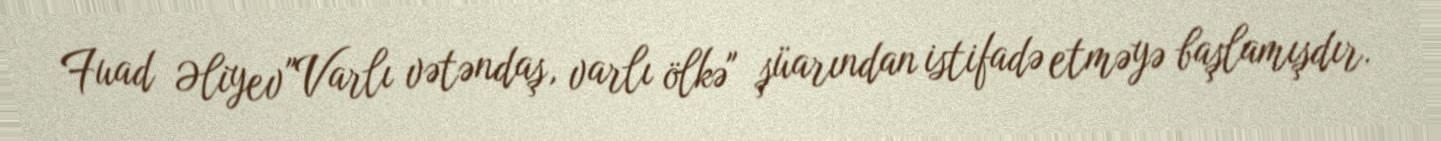
Fuad Əliyev "Varlı vətəndaş, varlı ölkə" şüarından istifadə etməyə başlamışdır.